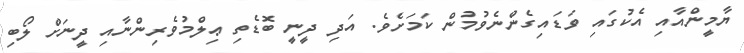
ޔާމީންއާއި އެކުގައި ވަޑައިގެންނެވުމުން ކަމަށެވެ. އަދި ދީނީ ބޮޑެތި ޢިލްމުވެރިންނާއި ދީނަށް ލޯބި